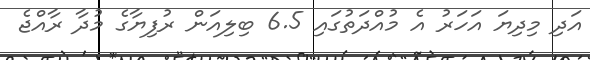
އަދި މިދިޔަ އަހަރު އެ މުއްދަތުގައި 6.5 ބިލިއަން ރުފިޔާގެ މުދާ ރާއްޖެ